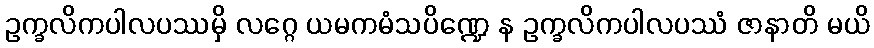
ဥက္ခလိကပါလပဿမှိ လဂ္ဂေ ယမကမံသပိဏ္ဍေ န ဥက္ခလိကပါလပဿံ ဇာနာတိ မယိ